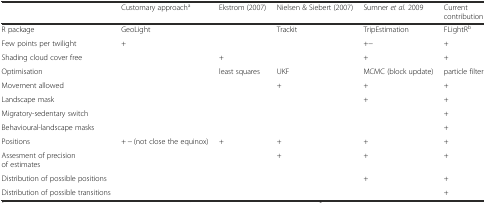
|  | Customary approacha | Ekstrom (2007) | Nielsen & Siebert (2007) | Sumner et al. 2009 | Current contribution |
 | --- | --- | --- | --- | --- | --- |
 | R package | GeoLight |  | Trackit | TripEstimation | FLightRb |
 | Few points per twilight | + |  |  | +− | + |
 | Shading cloud cover free |  | + |  | + | + |
 | Optimisation |  | least squares | UKF | MCMC (block update) | particle filter |
 | Movement allowed |  |  | + | + | + |
 | Landscape mask |  |  |  | + | + |
 | Migratory-sedentary switch |  |  |  |  | + |
 | Behavioural-landscape masks |  |  |  |  | + |
 | Positions | + − (not close the equinox) | + | + | + | + |
 | Assesment of precision of estimates |  |  | + | + | + |
 | Distribution of possible positions |  |  |  | + | + |
 | Distribution of possible transitions |  |  |  |  | + |